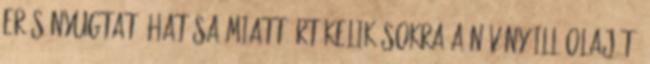
erős nyugtató hatása miatt értékelik sokra a növény illóolaját.